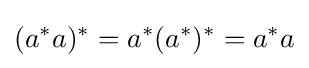
(a^{*}a)^{*}=a^{*}(a^{*})^{*}=a^{*}a